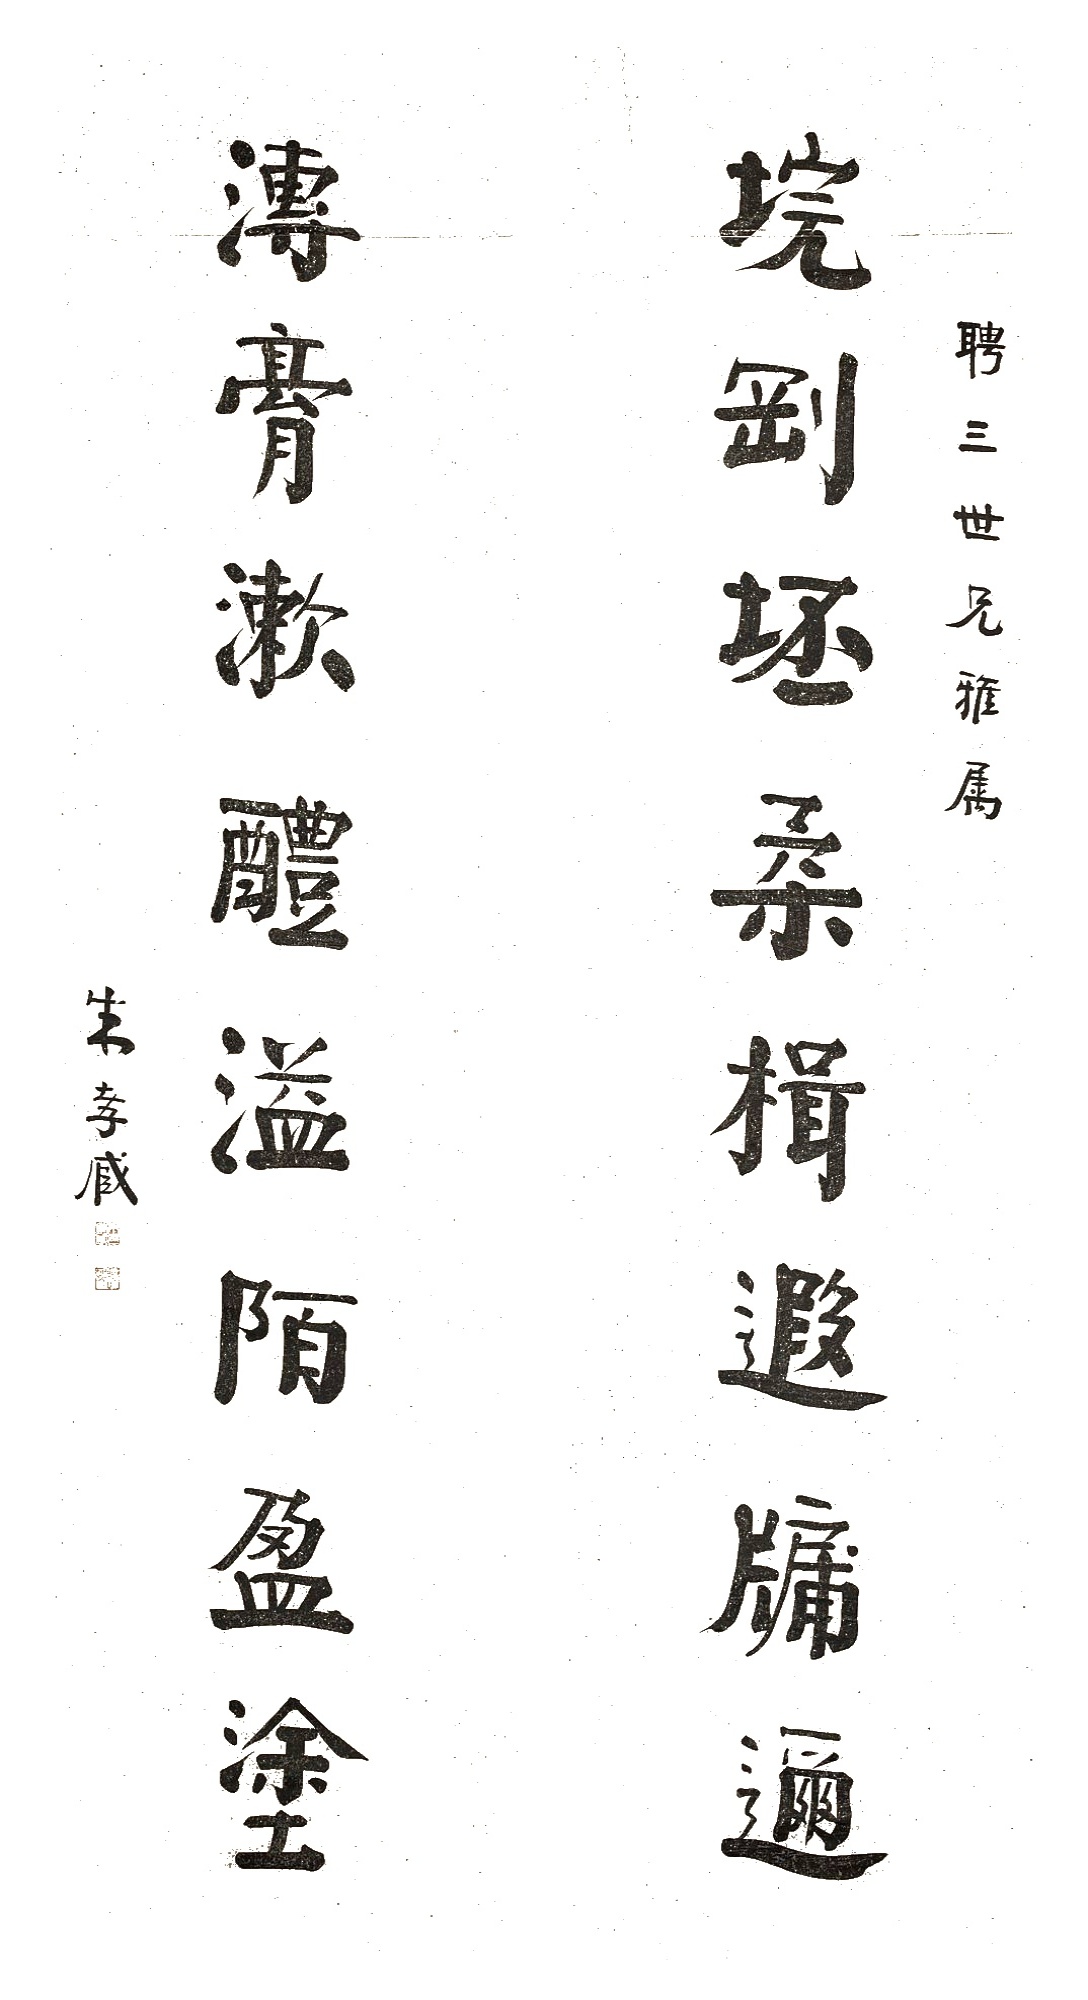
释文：垸刚坯柔楫遐牖迩，漙膏漱醴溢陌盈涂。聘三世兄雅属，朱孝臧。